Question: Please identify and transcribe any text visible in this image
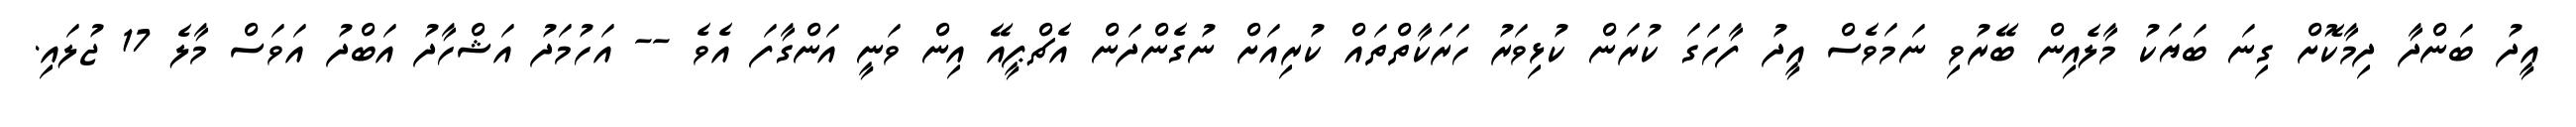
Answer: އީދު ބަންދާ ދިމާކޮށް ގިނަ ބަޔަކު މާލެއިން ބޭރުވި ނަމަވެސް އީދު ފާހަގަ ކުރަން ކުޅިވަރު ހަރަކާތްތައް ކުރިއަށް ނުގެންދަން އެޗްޕީއޭ އިން ވަނީ އަންގާފަ އެވެ -- އަހުމަދު އަޝްހާދު އަބްދު އަވަސް މާލެ 17 ޖުލައި.